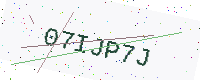
Text: 07IJP7J